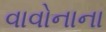
વાવોનાના